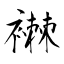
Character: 襋